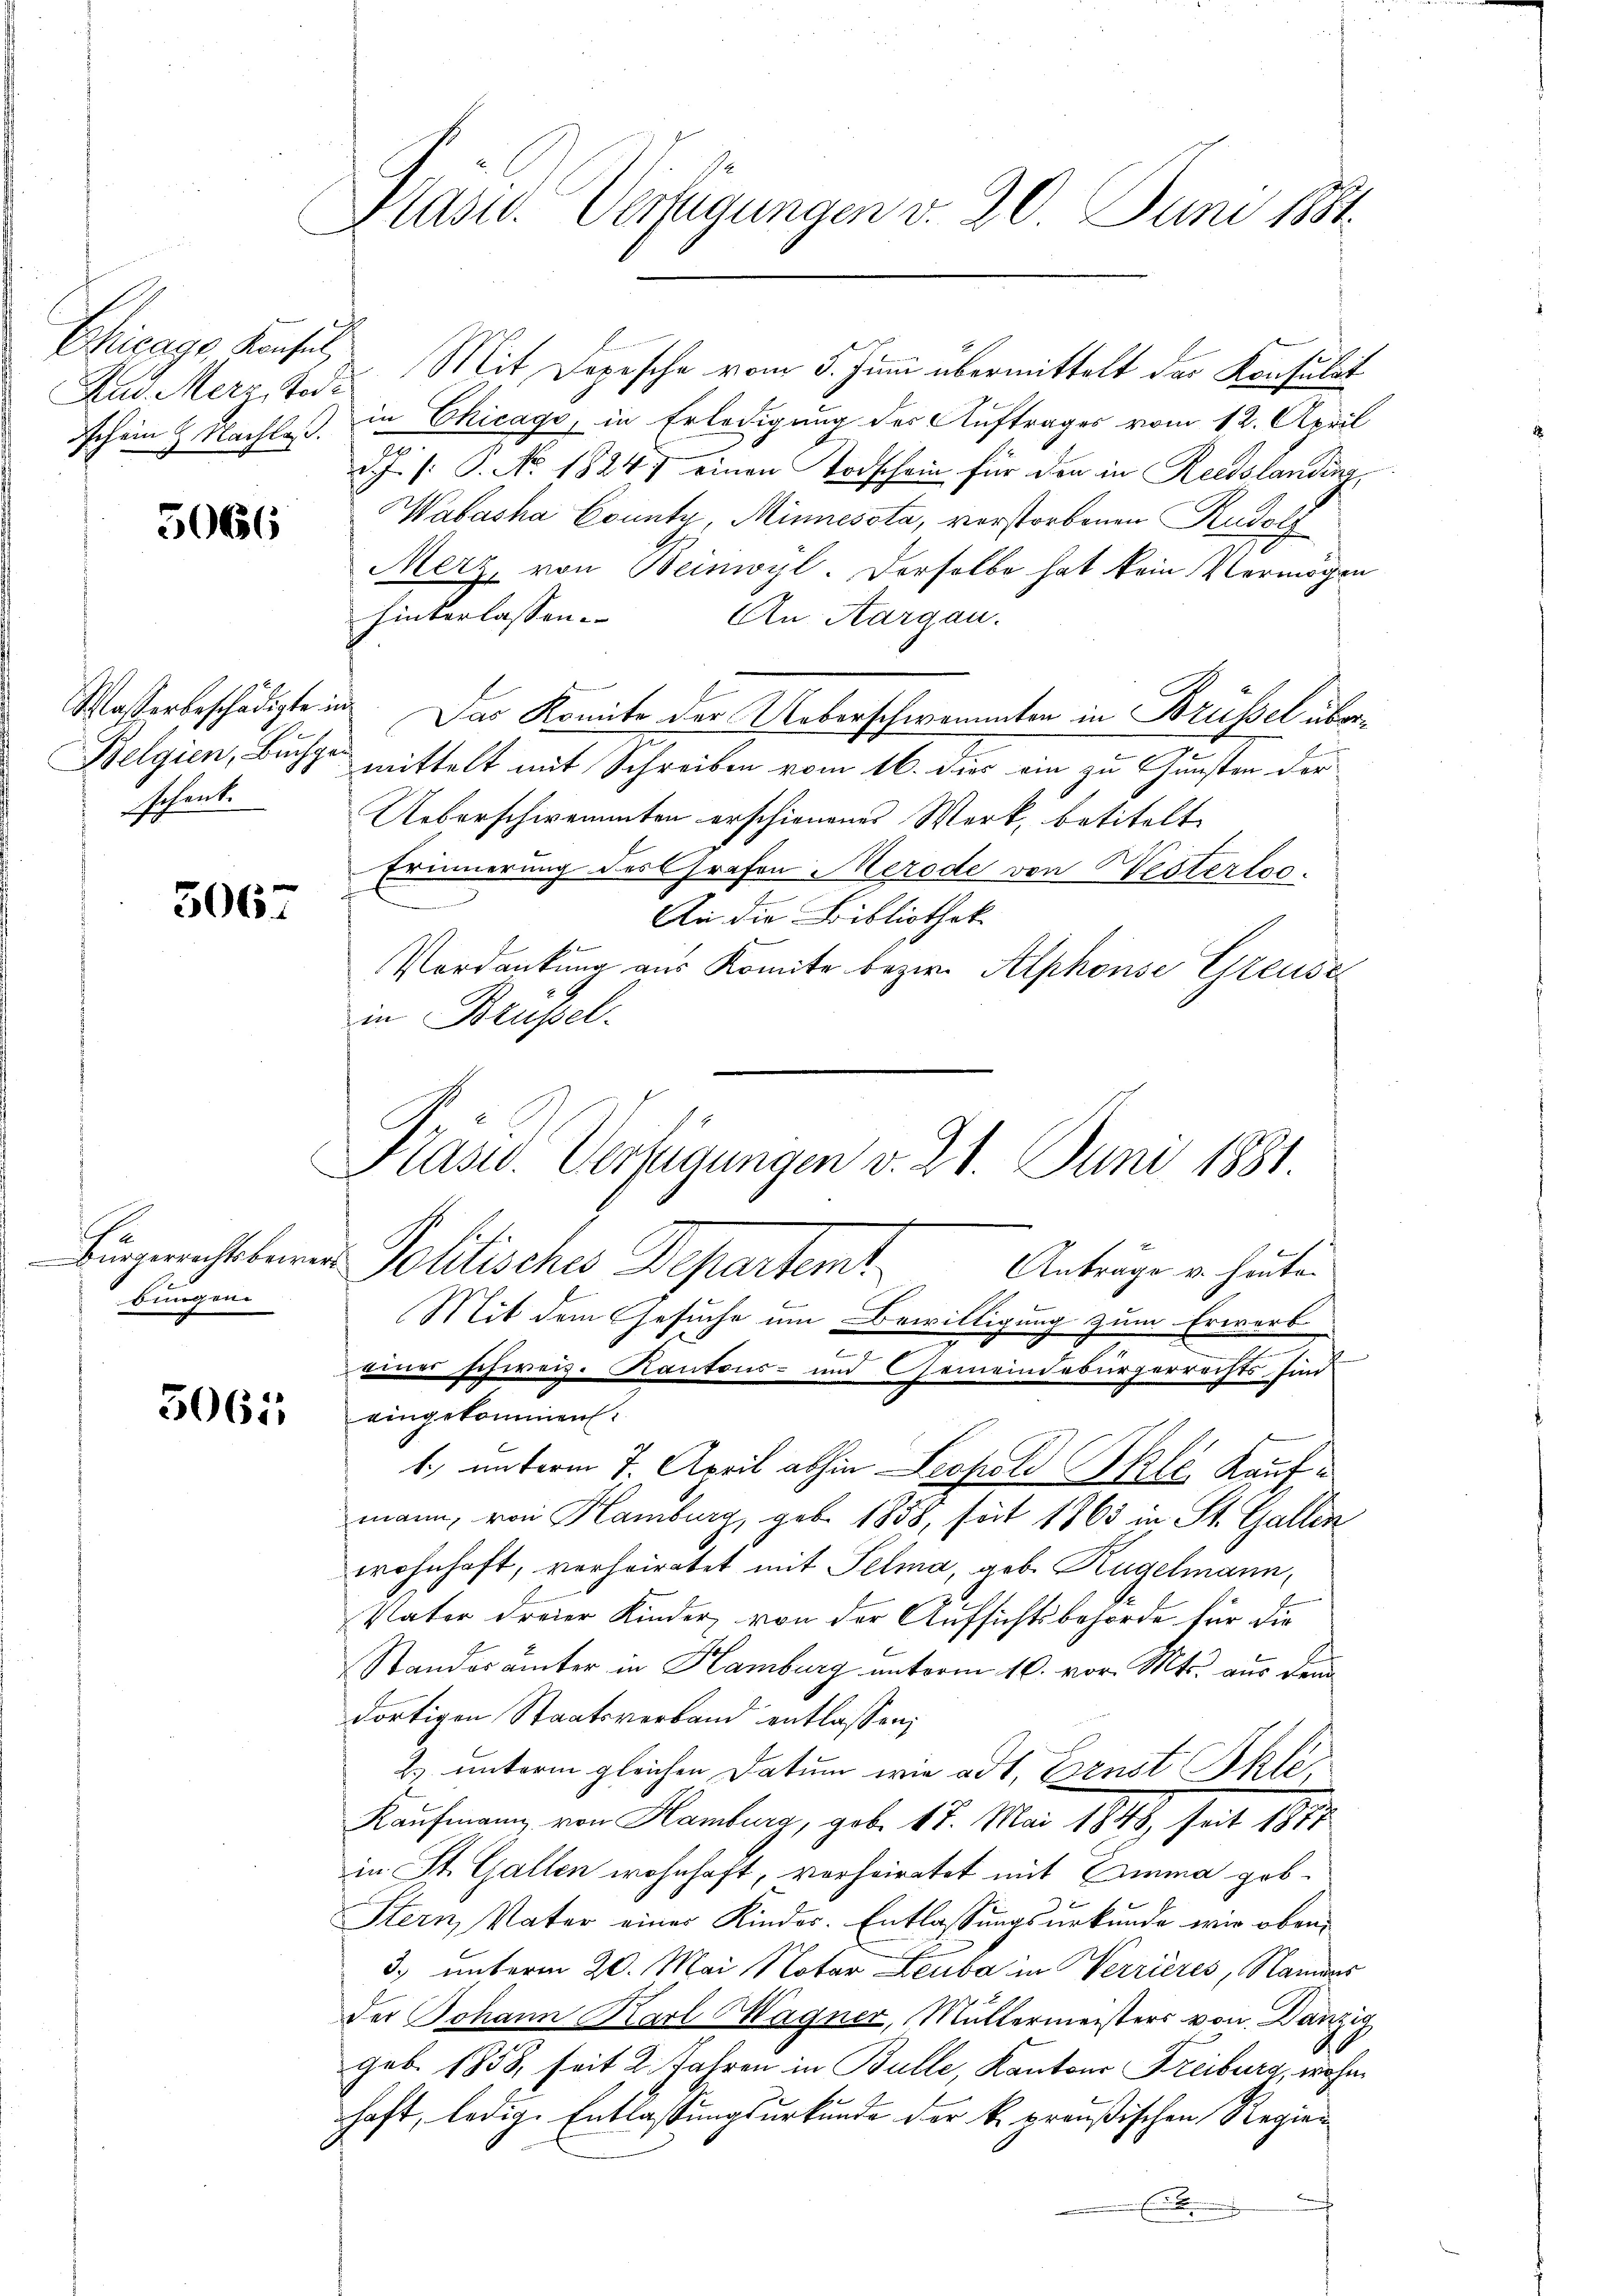
Aus. Merz, Tode

5066

schenk.

3067

e
bungen

5061,

Präsid. Verfügungen v. 30. Juni 184.

Chicago Konsul Mit Dopische vom 5. Juni übermittelt der Konsulat
ischein & Nachlaß in Chicago, in Erledigung der Auftrages vom 12. April
.
J. /: P. No. 18247 einen Todschein für den in Reitslanding,
Wabasha County, Minnessta, verstorbenen Rudolf
Merz, von Beinwyl. Derselbe hat kein Vermögen
hinterlassen.
An Aargau.
Wasserbeschädigte in. Das Komite der Ueberschwemmten in Brüssel über¬
Belgien, Buche mittelt mit Schreiben vom 16. dies ein zu Gunsten der
Ueberschweannten erschienenes Werk, betitelt
Erinnerung des Grafen Merode von Nesterloo
e
An die Bibliothek
Verdankung aus Komite bezw. Alphonse Greuse
in Brupel.
Aergericht seiner Politisches Departemt
Anträge v. heute.
Mit dem Gesuche um Bewilligung zum Erwerb
e
einer schweiz. Kantons- und Gemeindebürgerrechts sind
eingekommen.
1. unterm 7. April abhin Leopold Skle Kaufmann, von Hamburg, geb. 1858, seit 1863 in St. Gallen
wohnhaft, verheiratet mit Pelma, geb. Hügelmann,
Vater dreier Kinder, von der Aufsichtsbehörde für die
Standerämter in Hamburg unterm 10. vor. Mts. aus dem
dortigen Staatsverband entlassen;
2) unterm gleichen Datum wie ad 1, Esenst Ihle,
Kaufmann von Hamburg, geb. 17. Mai 1848, seit 1817
in St. Gallen wohnhaft, vorheiratet mit Emma geb.
Stern, Vater einer Kinder. Entlassungsurkunde wir oben
3. unterm 20. Mai Notar Leuba in Verrieres, Namens
der Johann Karl Magner, Müllermeisters von Danzig
geb. 1858, seit 2 Jahren in Bulle, Kantons Freiburg, wohnhaft, ledige Entlassungsurkunde der k. preußischen Regie¬
E

Prasw. Verfügungen v. 21. Juni 1881.